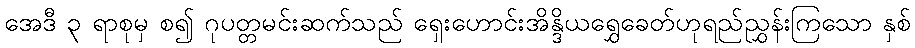
အေဒီ ၃ ရာစုမှ စ၍ ဂုပတ္တမင်းဆက်သည် ရှေးဟောင်းအိန္ဒိယရွှေခေတ်ဟုရည်ညွှန်းကြသော နှစ်